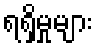
ရရှိမှုများ